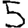
Digit: 5